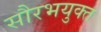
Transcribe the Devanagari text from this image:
सौरभयुक्त